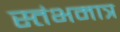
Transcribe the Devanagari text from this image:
स्तंभमात्र